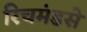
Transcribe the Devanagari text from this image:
रिचमंडसे